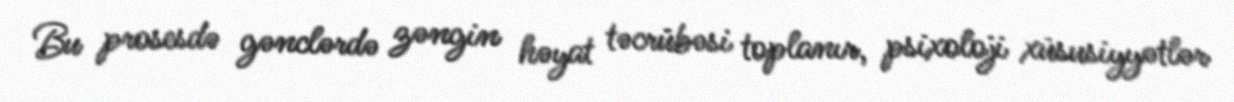
Bu prosesdə gənclərdə zəngin həyat təcrübəsi toplanır, psixoloji xüsusiyyətlər